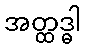
အတ္ထဒ္ဓါ